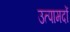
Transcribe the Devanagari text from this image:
उत्पामदों